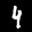
Label: 4